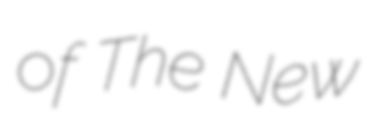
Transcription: of The New